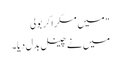
" میں مسکرا کر بولی
میں نے چینل بدل دیا۔